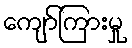
ကျော်ကြားမှု